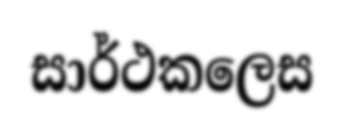
සාර්ථකලෙස